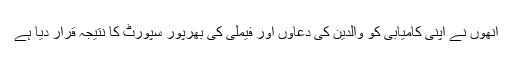
انھوں نے اپنی کامیابی کو والدین کی دعاوں اور فیملی کی بھرپور سپورٹ کا نتیجہ قرار دیا ہے